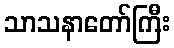
သာသနာတော်ကြီး